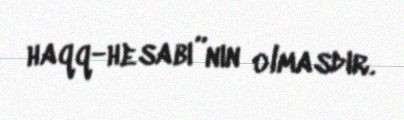
haqq-hesabı”nın olmasdır.